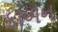
કાળન